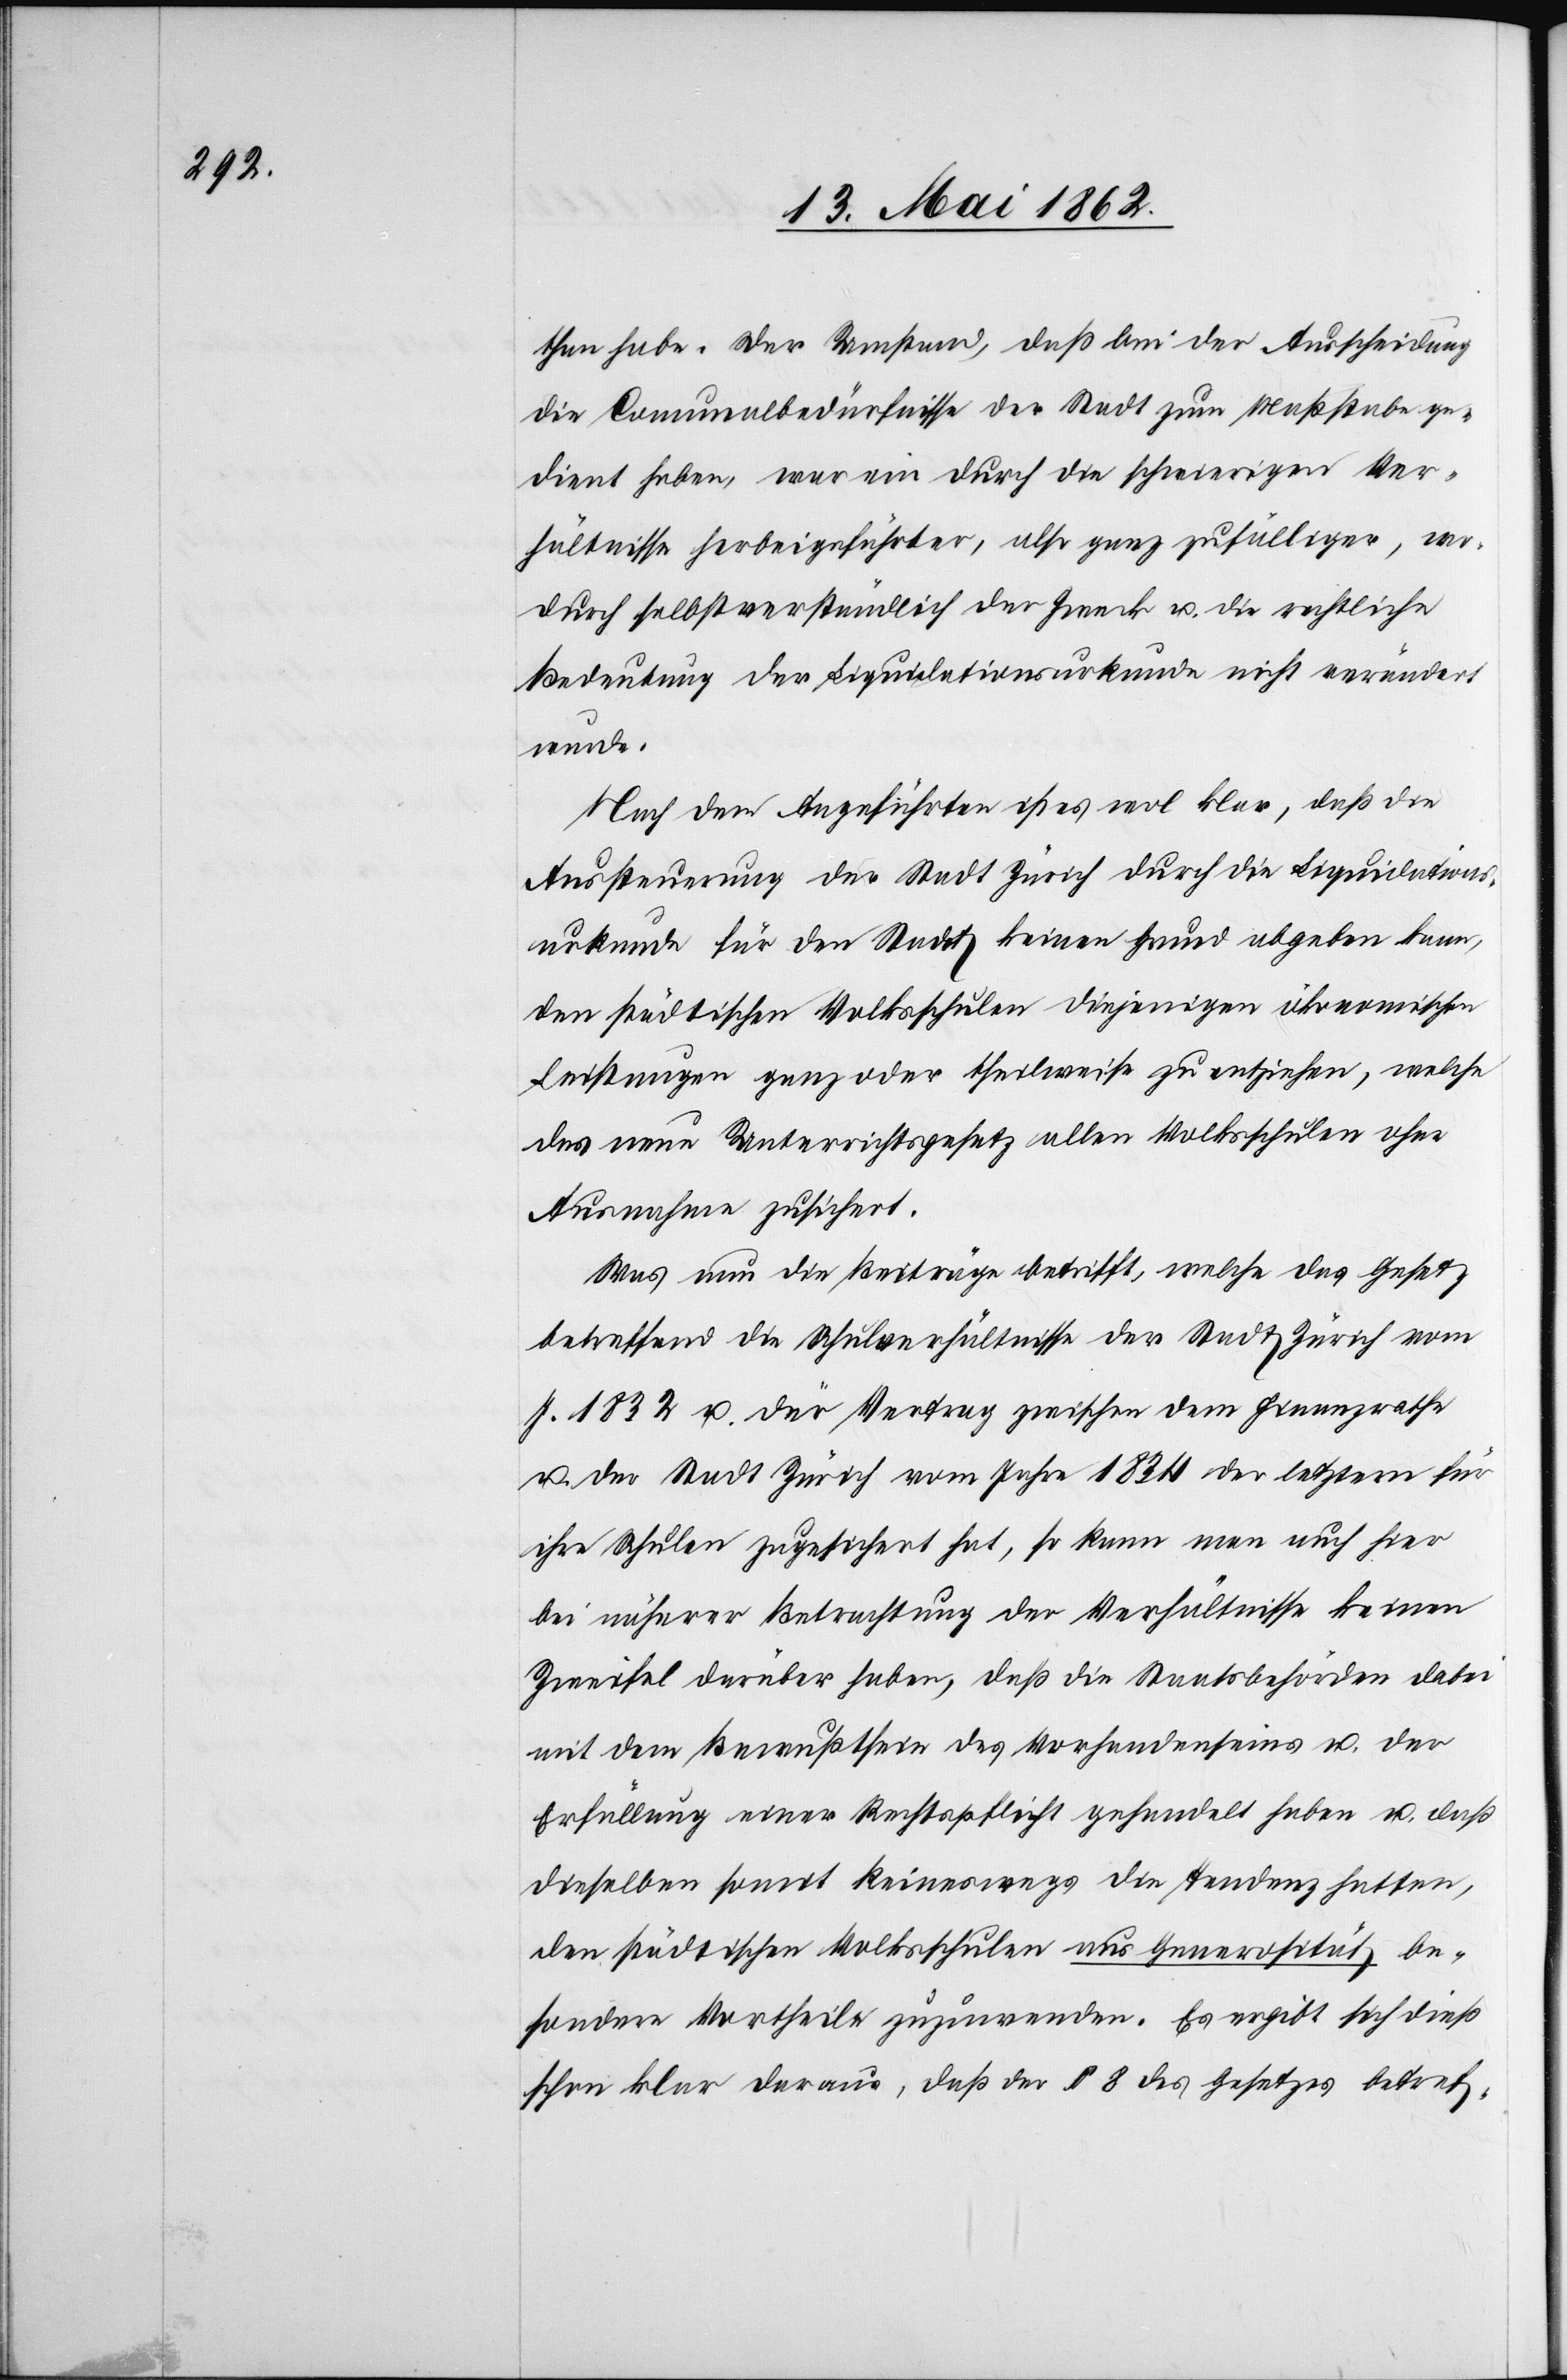
than habe. Der Umstand, daß bei der Ausscheidung
die Comunalbedürfnisse der Stadt zum Maßstabe ge¬
dient haben, war ein durch die schwierigen Ver¬
hältnisse herbeigeführter, also ganz zufälliger, wo¬
durch selbstverständlich der Zweck u. die rechtliche
Bedeutung der Liquidationsurkunde nicht verändert
wurde.
Nach den Angeführten ist es wol klar, daß die
Aussteuerung der Stadt Zürich durch die Liquidations¬
urkunde für den Staat keinen Grund abgeben kann,
den städtischen Volksschulen diejenigen ökonomischen
Leistungen ganz oder theilweise zu entziehen, welche
das neue Unterrichtsgesetz allen Volksschulen ohne
Ausnahme zusichert.
Was nun die Beiträge betrifft, welche das Gesetz
betreffend die Schulverhältnisse der Staat Zürich vom
J. 1832 u. der Vertrag zwischen dem Finanzrathe
u. der Stadt Zürich vom Jahre 1834 der letztern für
ihre Schulen zugesichert hat, so kann man auch hier
bei näherer Betrachtung der Verhältnisse keinen
Zweifel darüber haben, daß die Staatsbehörden dabei
mit dem Bewußtsein des Vorhandenseins u. der
Erfüllung einer Rechtspflicht gehandelt haben u. daß
dieselben somit keineswegs die Tendenz hatten,
den städtischen Volksschulen aus Generosität be¬
sondere Vortheile zuzuwenden. Es ergibt sich dieß
schon klar daraus, daß der § 8 des Gesetzes betref-